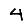
Digit: 4